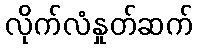
လိုက်လံနှုတ်ဆက်